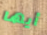
أيها